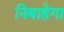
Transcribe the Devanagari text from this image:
निबाहेगा